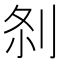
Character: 𠛴